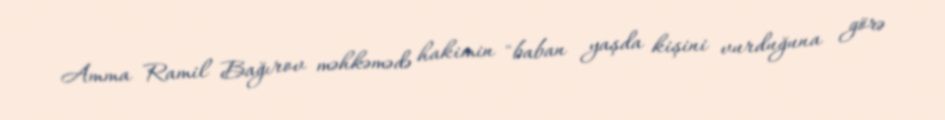
Amma Ramil Bağırov məhkəmədə hakimin "baban yaşda kişini vurduğuna görə